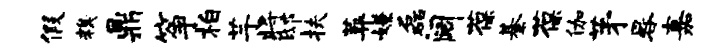
假糗鼎筝柏芋将邸扶葬嫌磊阔葆綦葆伽茅晷嘉